Leaving Certificate Examination, 1909
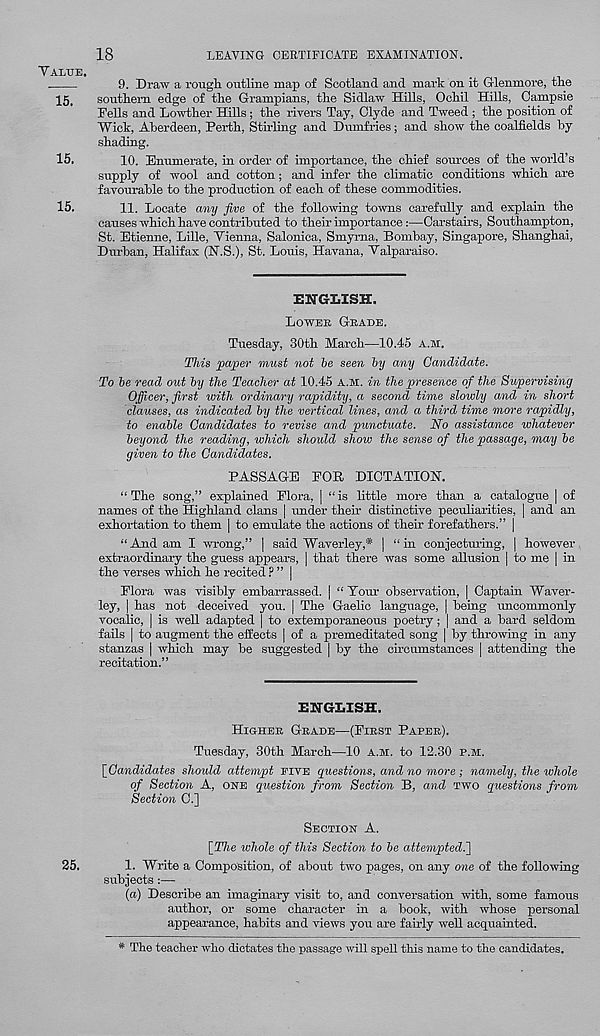
18
LEAVING CERTIFICATE EXAMINATION.
VALVE.
9. Draw a rough outline map of Scotland and mark on it G-lenmore, the
15,
southern edge of the Grampians, the Sidlaw Hills, Ochil Hills, Campsie
Fells and Lowther Hills; the rivers Tay, Clyde and Tweed ; the position of
Wick, Aberdeen, Perth, Stirling and Dumfries; and show the coalfields by
shading.
15.
10. Enumerate, in order of importance, the chief sources of the world’s
supply of wool and cotton; and infer the climatic conditions which are
favourable to the production of each of these commodities.
15.
11, Locate any five of the following towns carefully and explain the
causes which have contributed to their importance:—Carstairs, Southampton,
St. Etienne, Lille, Vienna, Salorrica, Smyr-na, Bombay, Singapore, Shanghai,
Durban, Halifax (N.S.), St. Louis, Havana, Valparaiso.
ENGLISH.
LOWEB GBADE.
Tuesday, 30th March—10.45 A.M.
This paper must not he seen hy any Candidate.
To be read out hy the Teacher at 10.45 A.M. in the presence of the Supervising
Officer, first with ordinary rapidity, a second time slowly and in short
clauses, as indicated hy the vertical lines, and a third time more rapidly,
to enable Candidates to revise and punctuate. No assistance whatever
beyond the reading, which should show the sense of the passage, may he
given to the Candidates.
PASSAGE FOB, DICTATION.
“The song,” explained Flora, | “is little more than a catalogue | of
names of the Highland clans [ under then- distinctive peculiarities, | and an
exhortation to them | to emulate the actions of their forefathers.” |
“And am I wrong,” | said Waverley,* | “in conjecturing, | however
extraordinary the guess appears, | that there was some allusion | to me | in
the verses which he recited ? ” |
Flora was visibly embarrassed. | “Tour- observation, | Captain Waver-
ley, | has not deceived you. | The Gaelic language, | being uncommonly
vocalic, | is well adapted | to extemporaneous poetry; | and a bard seldom
fails | to augment the effects | of a premeditated song [ by throwing in any
stanzas | which may be suggested | by the circumstances | attending the
recitation.”
ENGLISH.
HIGHEK GRADE—(FIRST PAPER).
Tuesday, 30th March—10 A.M. to 12.30 P.M.
\_Candidates should attempt FIVE questions, and no more ; namely, the whole
of Section A, ONE question from Section B, and TWO questions from
Section C.]
SECTION A.
[The ivhole of this Section to be attempted^]
25.
1. Write a Composition, of about two pages, on any one of the following
subjects :—
(ci) Describe an imaginary visit to, and conversation with, some famous
author, or some character in a book, with whose personal
appearance, habits and views you are fairly well acquainted.
* The teacher who dictates the passage will spell this name to the candidates.